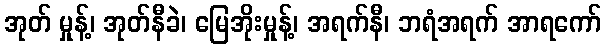
အုတ် မှုန့်၊ အုတ်နီခဲ၊ မြေအိုးမှုန့်၊ အရက်နီ၊ ဘရံအရက် အာရကော်